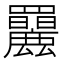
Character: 𦍄